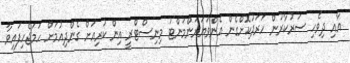
އާއި ދިވެހި ސަރުކާރުން ހަރަދުކޮށްގެން އެންވަޔަރަންމަންޓު މިނިސްޓްރީ އިން ކުރިއަށް ގެންދިއުމަށް ހަމަޖެހިފައިވާ